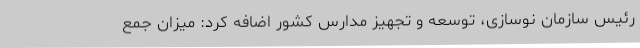
رئیس سازمان نوسازی، توسعه و تجهیز مدارس کشور اضافه کرد: میزان جمع